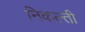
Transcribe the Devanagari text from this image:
निकल्ती